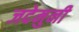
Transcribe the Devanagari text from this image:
जदेमुनी